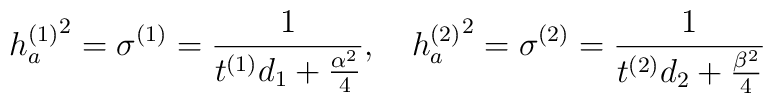
{h_a^{(1)}}^2=\sigma^{(1)}={1\over t^{(1)}d_1+{\alpha^2\over4}} ,~~~{h_a^{(2)}}^2=\sigma^{(2)}={1\over t^{(2)}d_2+{\beta^2\over4}}